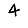
Digit: 4